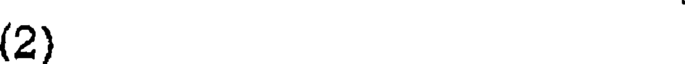
(2)